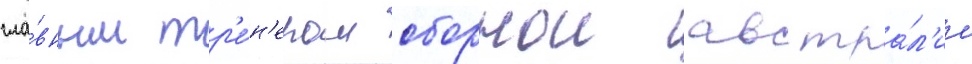
гла́вным тр'е́н'ером сборнои австра́л'ии